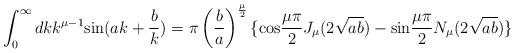
LaTeX: \begin{align*}\int_0^{\infty}dkk^{{\mu}-1}{\rm sin}(ak+\frac{b}{k})={\pi}\left(\frac{b}{a}\right)^{\frac{\mu}{2}}\{ {\rm cos}\frac{{\mu}{\pi}}{2}J_{\mu}(2\sqrt{ab})-{\rm sin}\frac{{\mu}{\pi}}{2}N_{\mu}(2\sqrt{ab}) \}\end{align*}